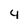
Character: 4